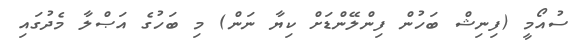
ސުއޯމީ (ފިނިޝް ބަހުން ފިންލޭންޑަށް ކިޔާ ނަން) މި ބަހުގެ އަޞްލާ މެދުގައި